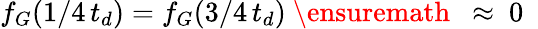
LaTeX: f_{G}(1/4\, t_{d})=f_{G}(3/4\, t_{d})\mathrm{~\ensuremath~{~\approx~0~}~}